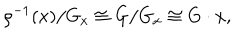
LaTeX: \rho ^ { - 1 } ( x ) / G _ { x } \cong G / G _ { x } \cong G \cdot x ,